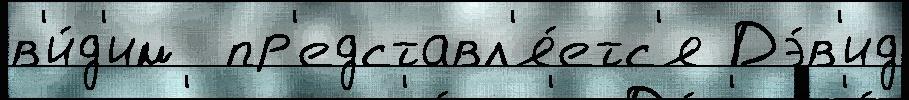
в'и́д'им  пр'едставл'я́етс'я Дэ́в'ид